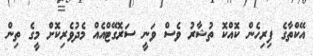
އޭކްތާގެ ފިރިހެން ކޮއްކޮ ތުޝާރު ވެސް ވަނީ ސަރޮގޭޓްއެއް މެދުވެރިކޮށް މީގެ ތިން